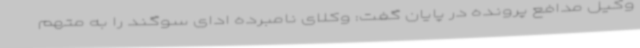
وکیل مدافع پرونده در پایان گفت: وکلای نامبرده ادای سوگند را به متهم